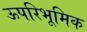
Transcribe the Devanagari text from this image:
ऊपरिभूमिक